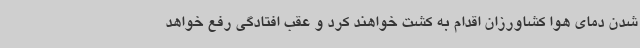
شدن دمای هوا کشاورزان اقدام به کشت خواهند کرد و عقب افتادگی رفع خواهد